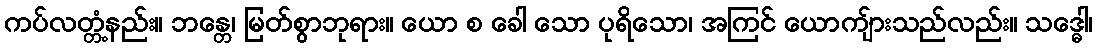
ကပ်လတ္တံ့နည်း။ ဘန္တေ၊ မြတ်စွာဘုရား။ ယော စ ခေါ သော ပုရိသော၊ အကြင် ယောကျ်ားသည်လည်း။ သဒ္ဓေါ၊